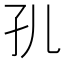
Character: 𭒷